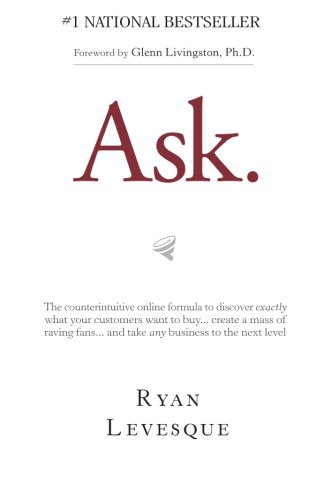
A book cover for Ask: The Counterintuitive Online Formula to Discover Exactly What Your Customers Want to Buy...Create a Mass of Raving Fans...and Take Any Business to the Next  Level; Ryan Levesque; Computers & Technology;